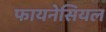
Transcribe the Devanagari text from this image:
फायनेसियल